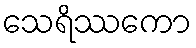
သေရိဿကော